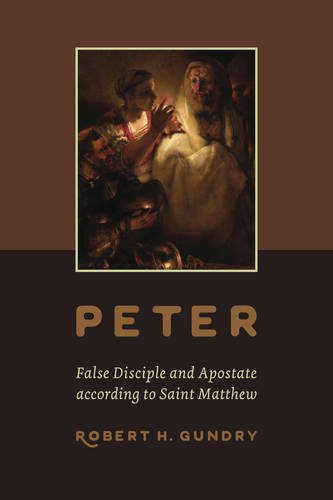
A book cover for Peter -- False Disciple and Apostate according to Saint Matthew; Robert H. Gundry; Christian Books & Bibles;